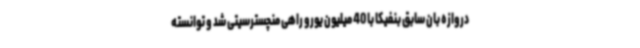
دروازه بان سابق بنفیکا با 40 میلیون یورو راهی منچسترسیتی شد و توانسته